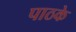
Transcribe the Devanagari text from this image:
पाठके